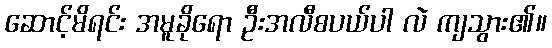
ဆောင့်မိရင်း အမူခိုရော ဦးအလီစပယ်ပါ လဲ ကျသွား၏။